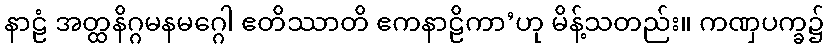
နာဠံ အတ္ထနိဂ္ဂမနမဂ္ဂေါ ဧတိဿာတိ ဧကနာဠိကာ’ဟု မိန့်သတည်း။ ကဏှပက္ခ၌